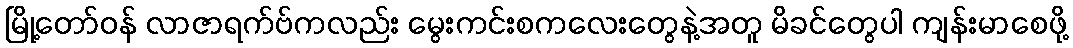
မြို့တော်ဝန် လာဇာရက်ဗ်ကလည်း မွေးကင်းစကလေးတွေနဲ့အတူ မိခင်တွေပါ ကျန်းမာစေဖို့